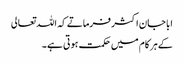
ابا جان اکثر فرماتے کہ اللہ تعالی
کے ہر کام میں حکمت ہوتی ہے ۔